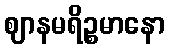
ဈာနမရိဉ္စမာနော